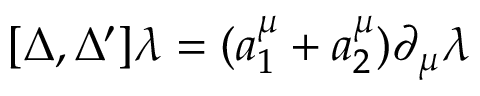
[ \Delta , \Delta ^ { \prime } ] \lambda = ( a _ { 1 } ^ { \mu } + a _ { 2 } ^ { \mu } ) \partial _ { \mu } \lambda